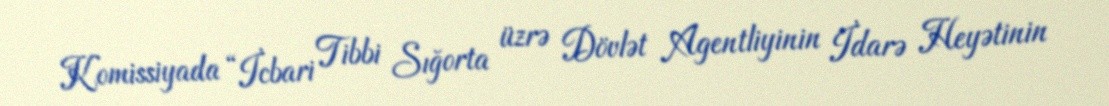
Komissiyada “İcbari Tibbi Sığorta üzrə Dövlət Agentliyinin İdarə Heyətinin